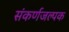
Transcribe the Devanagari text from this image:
संकर्णजल्पक